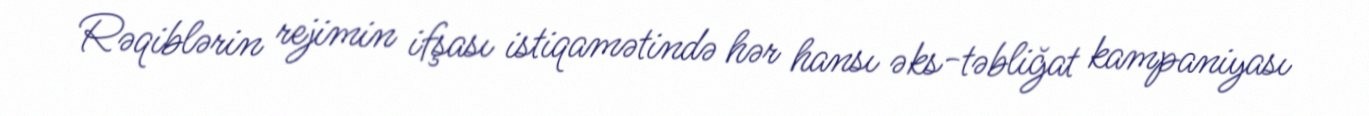
Rəqiblərin rejimin ifşası istiqamətində hər hansı əks-təbliğat kampaniyası